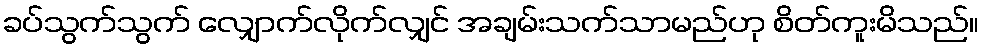
ခပ်သွက်သွက် လျှောက်လိုက်လျှင် အချမ်းသက်သာမည်ဟု စိတ်ကူးမိသည်။